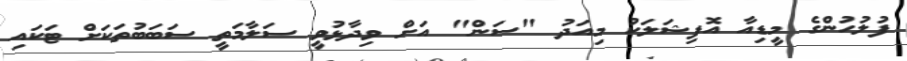
ފުލުހުންގެ މީޑިއާ އޮފިޝަލަކު މިއަދު "ސަން" އަށް ވިދާޅުވީ ސަލާމަތީ ސަބަބުތަކަށް ޓަކައި